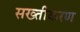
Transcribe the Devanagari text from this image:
सख्तीकरण